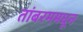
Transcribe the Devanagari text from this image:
तांबरममधून